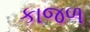
કાજળ